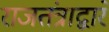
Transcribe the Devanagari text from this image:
राजतंत्राद्वारे